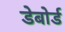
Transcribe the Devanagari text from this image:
डेबोर्ड